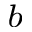
^ { b }